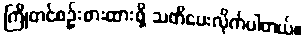
ကြိုတင်စဉ်းစားထားဖို့ သတိပေးလိုက်ပါတယ်။